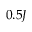
0 . 5 J